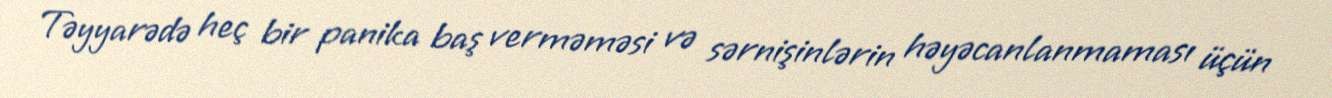
Təyyarədə heç bir panika baş verməməsi və sərnişinlərin həyəcanlanmaması üçün